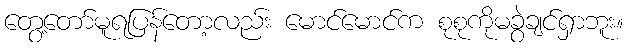
တွေ့တော်မူရပြန်တော့လည်း မောင်မောင်က စုစုကိုမခွဲချင်ရှာဘူး။